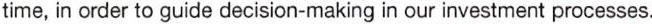
time, in order to guide decision-making in our investment processes.